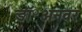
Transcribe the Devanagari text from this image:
डॉ॰अनवर